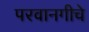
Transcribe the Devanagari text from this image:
परवानगीचे